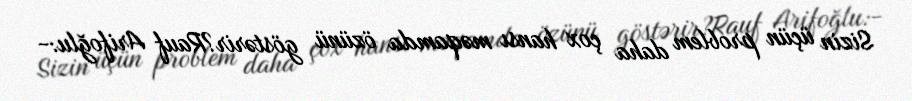
Sizin üçün problem daha çox hansı məqamda özünü göstərir?Rauf Arifoğlu:-